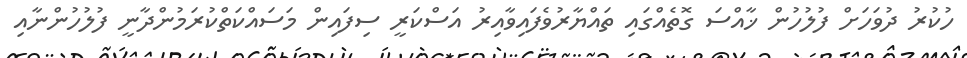
ހުކުރު ދުވަހަށް ފުލުހުން ޚާއްސަ ގޮތެއްގައި ތައްޔާރުވެފައިވާއިރު އަސްކަރީ ސިފައިން މަސައްކަތްކުރަމުންދާނީ ފުލުހުންނާއި